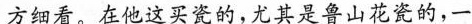
方细看，在他这买瓷的，尤其是鲁山花瓷的，一